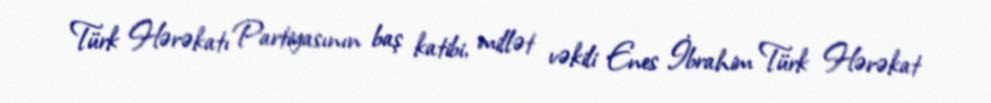
Türk Hərəkatı Partiyasının baş katibi, millət vəkili Enes İbrahim Türk Hərəkat